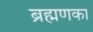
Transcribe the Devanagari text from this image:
ब्रह्मणका